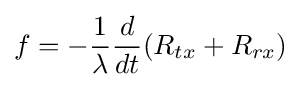
f=-{\frac {1}{\lambda }}{\frac {d}{dt}}(R_{tx}+R_{rx})